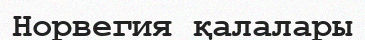
Норвегия қалалары